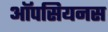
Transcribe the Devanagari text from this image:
ऑपसियनस